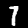
Digit: 7